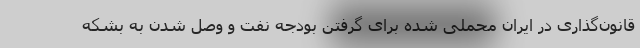
قانون‌گذاری در ایران محملی شده برای گرفتن بودجه نفت و وصل شدن به بشکه